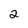
Character: 2